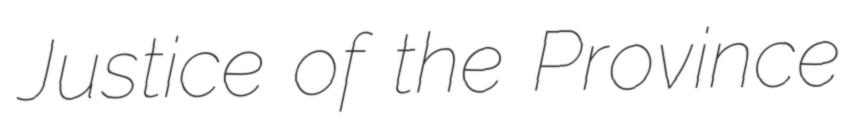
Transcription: Justice of the Province